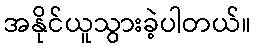
အနိုင်ယူသွားခဲ့ပါတယ်။